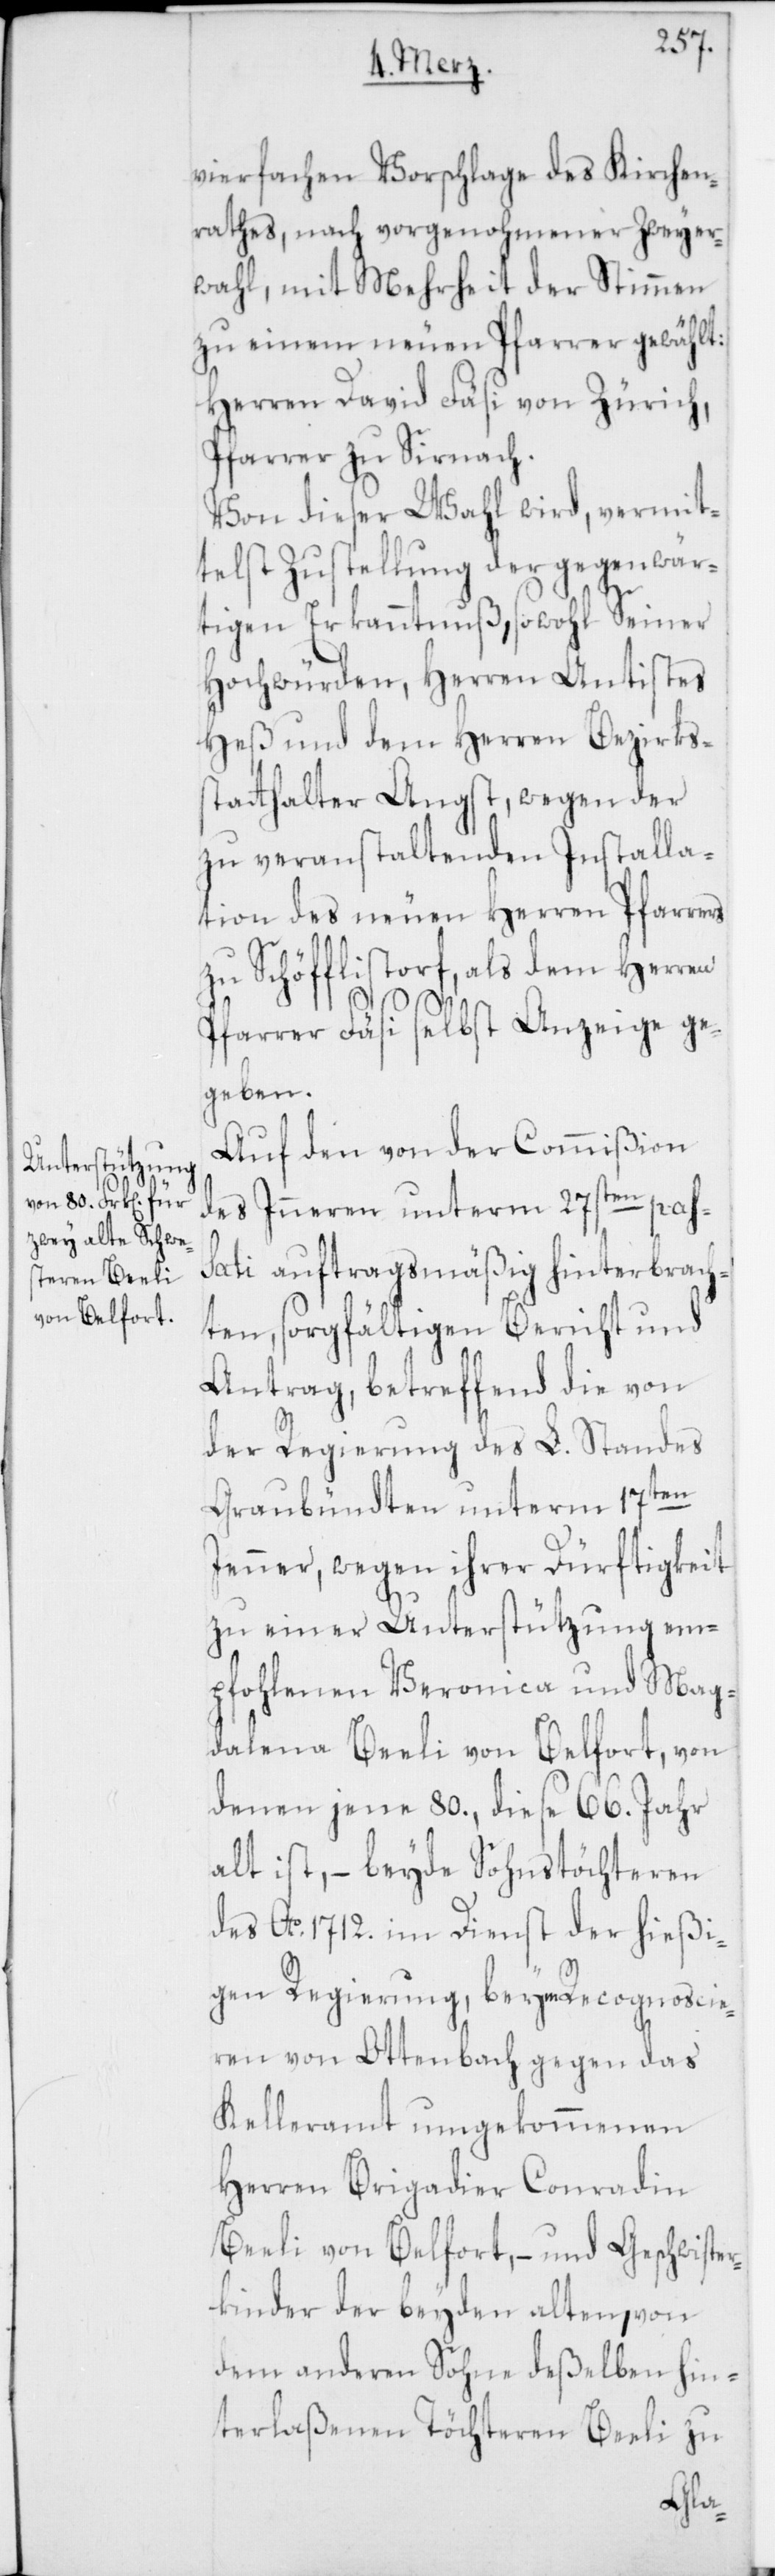
vierfachen Vorschlage des Kirchen¬
rathes, nach vorgenohmener Zweyer¬
wahl, mit Mehrheit der Stimmen
zu einem neuen Pfarrer gewählt:
Herren David Fäsi von Zürich,
Pfarrer zu Sirnach.
Von dieser Wahl wird, vermit¬
telst Zustellung der gegenwär¬
tigen Erkanntnuß, sowohl Seiner
Hochwürden, Herren Antistes
Heß und dem Herren Bezirkss¬
tatthalter Angst, wegen der
zu veranstaltenden Installa¬
tion des neuen Herren Pfarrers
zu Schöfflistorf, als dem Herren
Pfarrer Fäsi selbst Anzeige ge¬
geben.
Auf den von der Commißion
des Inneren unterm 27sten pass¬
ati auftragsmäßig hinterbrach¬
ten, sorgfältigen Bericht und
Antrag, betreffend die von
der Regierung des L. Standes
Graubündten unterm 17ten
Jenner, wegen ihrer Dürftigkeit
zu einer Unterstützung em¬
pfohlenen Veronica und Mag¬
dalena Beeli von Belfort, von
denen jene 80., diese 66. Jahr
alt ist, – beyde Sohnstöchteren
des Ao 1712. im Dienst der hießi¬
gen Regierung, beym Recognoscie¬
ren von Ottenbach gegen das
Kelleramt umgekommenen
Herren Brigadier Conradin
Beeli von Belfort, – und Geschwiste¬
rkinder der beyden alten, von
dem anderen Sohne deßelben hin¬
terlaßenen Töchteren Beeli zu